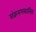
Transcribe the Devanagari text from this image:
संक्रमणकालिक